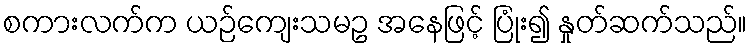
စကားလက်က ယဉ်ကျေးသမဥ အနေဖြင့် ပြုံး၍ နှုတ်ဆက်သည်။